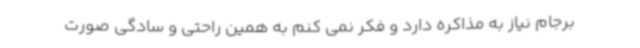
برجام نیاز به مذاکره دارد و فکر نمی کنم به همین راحتی و سادگی صورت